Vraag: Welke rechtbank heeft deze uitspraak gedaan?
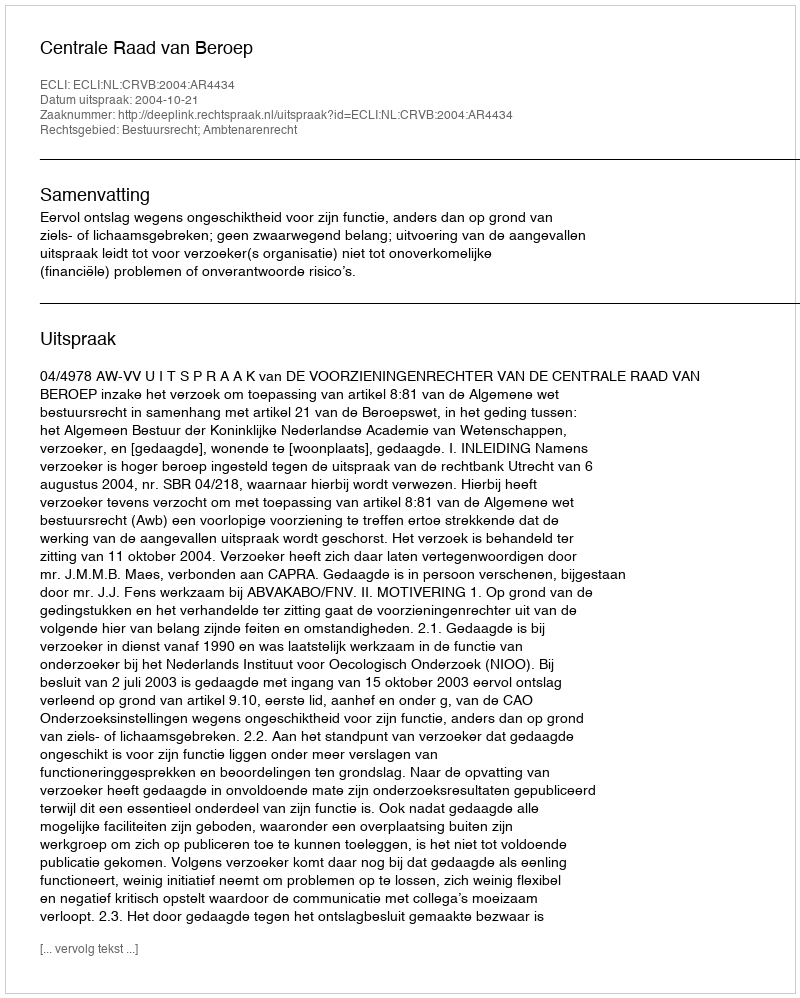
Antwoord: Centrale Raad van Beroep